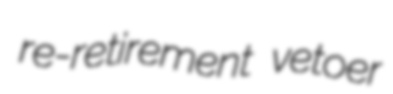
re-retirement vetoer